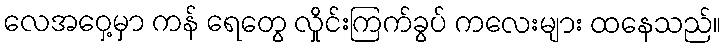
လေအဝှေ့မှာ ကန် ရေတွေ လှိုင်းကြက်ခွပ် ကလေးများ ထနေသည်။